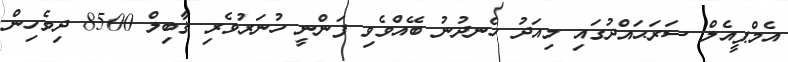
އެމްޕީއެލް ސަރަޙައްދުގައި މިއަދު ހެނދުނު ބޭއްވެވި ފަންނީ ހުނަރުވެރި ޤާބިލް 8500 ދިވެހިން